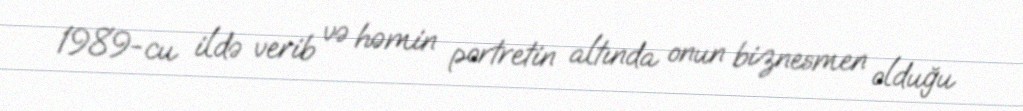
1989-cu ildə verib və həmin portretin altında onun biznesmen olduğu